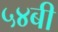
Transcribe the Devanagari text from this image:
५४बी